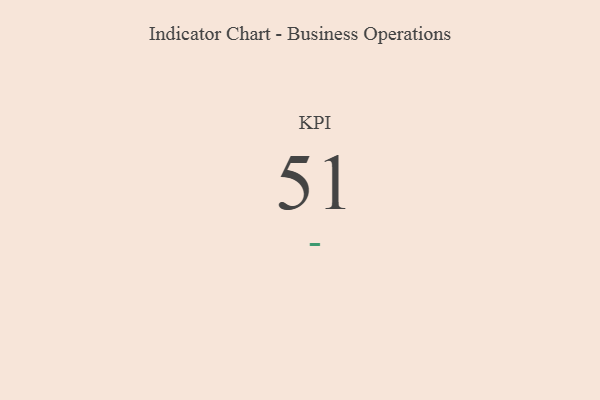
{"axis": {"x": "KPI", "y": "Value"}, "legend": [""], "data": [{"x": "KPI", "y": 51, "type": ""}]}